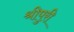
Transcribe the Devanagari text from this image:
श्रीपुरी